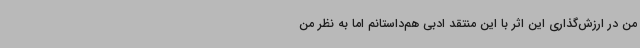
من در ارزش‌گذاری این اثر با این منتقد ادبی هم‌داستانم اما به نظر من